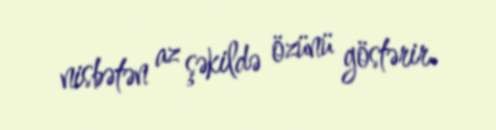
nisbətən az şəkildə özünü göstərir.